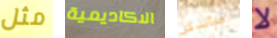
مثل الاكاديمية سأتذكر لا